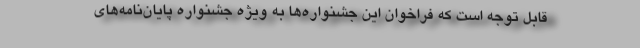
قابل توجه است که فراخوان این جشنواره‌ها به ویژه جشنواره پایان‌نامه‌های